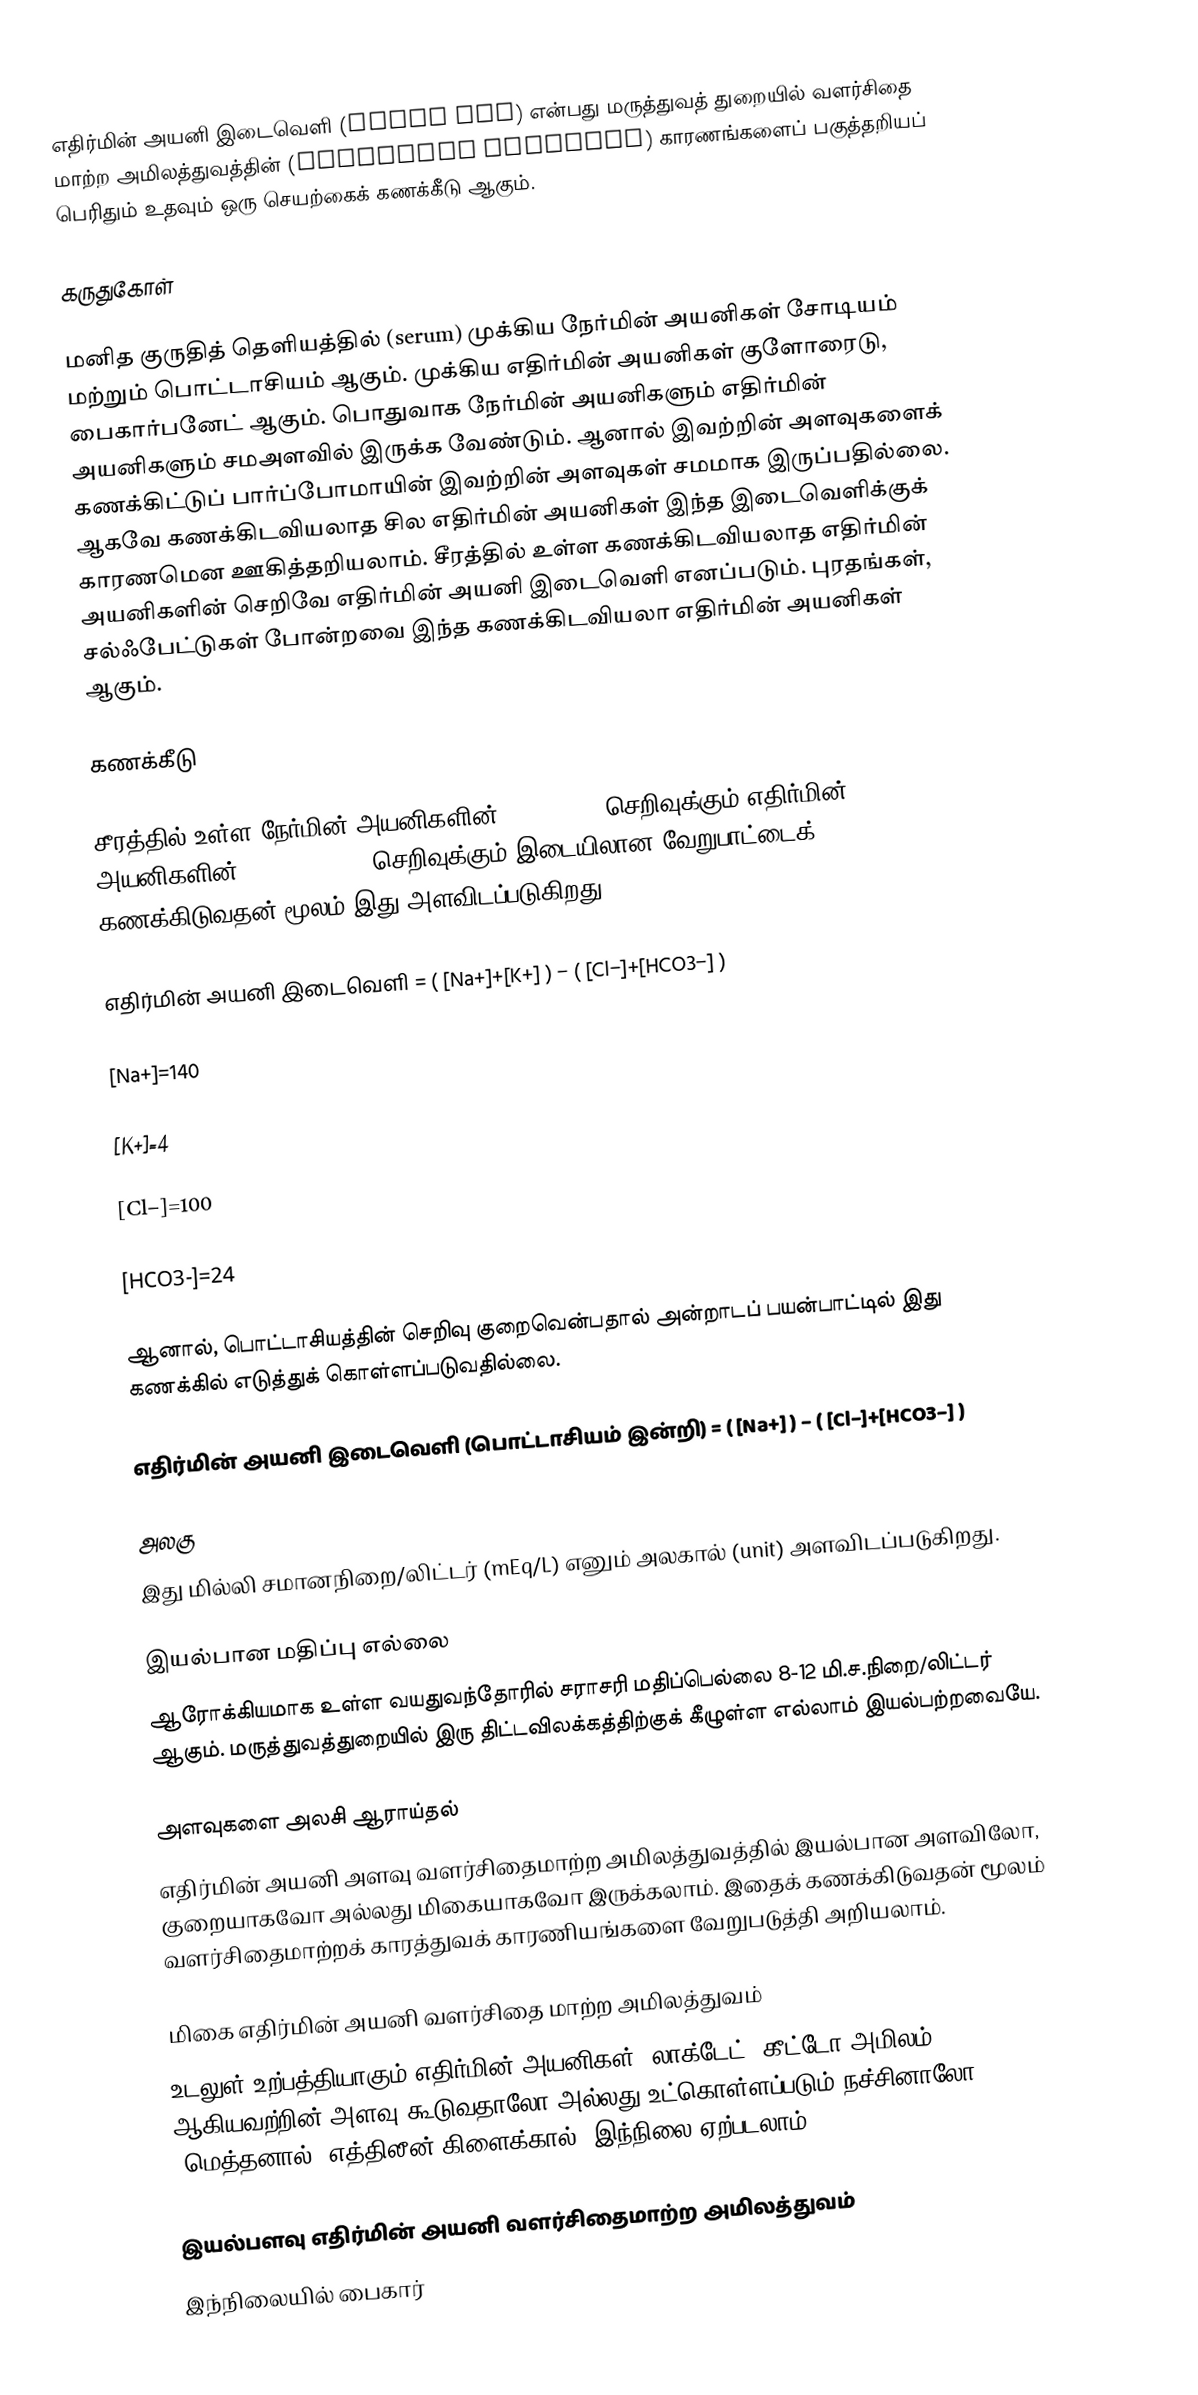
எதிர்மின் அயனி இடைவெளி (anion gap) என்பது மருத்துவத் துறையில் வளர்சிதை மாற்ற அமிலத்துவத்தின் (metabolic acidosis) காரணங்களைப் பகுத்தறியப் பெரிதும் உதவும் ஒரு செயற்கைக் கணக்கீடு ஆகும்.

கருதுகோள்

மனித குருதித் தெளியத்தில் (serum) முக்கிய நேர்மின் அயனிகள் சோடியம் மற்றும் பொட்டாசியம் ஆகும். முக்கிய எதிர்மின் அயனிகள் குளோரைடு, பைகார்பனேட் ஆகும். பொதுவாக நேர்மின் அயனிகளும் எதிர்மின் அயனிகளும் சமஅளவில் இருக்க வேண்டும். ஆனால் இவற்றின் அளவுகளைக் கணக்கிட்டுப் பார்ப்போமாயின் இவற்றின் அளவுகள் சமமாக இருப்பதில்லை. ஆகவே கணக்கிடவியலாத சில எதிர்மின் அயனிகள் இந்த இடைவெளிக்குக் காரணமென ஊகித்தறியலாம். சீரத்தில் உள்ள கணக்கிடவியலாத எதிர்மின் அயனிகளின் செறிவே எதிர்மின் அயனி இடைவெளி எனப்படும். புரதங்கள், சல்ஃபேட்டுகள் போன்றவை இந்த கணக்கிடவியலா எதிர்மின் அயனிகள் ஆகும்.

கணக்கீடு

சீரத்தில் உள்ள நேர்மின் அயனிகளின் (Na+& K+]) செறிவுக்கும் எதிர்மின் அயனிகளின் (Cl− & HCO3−) செறிவுக்கும் இடையிலான வேறுபாட்டைக் கணக்கிடுவதன் மூலம் இது அளவிடப்படுகிறது.

எதிர்மின் அயனி இடைவெளி = ( [Na+]+[K+] ) − ( [Cl−]+[HCO3−] )

[Na+]=140

[K+]=4

[Cl−]=100

[HCO3-]=24

ஆனால், பொட்டாசியத்தின் செறிவு குறைவென்பதால் அன்றாடப் பயன்பாட்டில் இது கணக்கில் எடுத்துக் கொள்ளப்படுவதில்லை.

எதிர்மின் அயனி இடைவெளி (பொட்டாசியம் இன்றி)  = ( [Na+] ) − ( [Cl−]+[HCO3−] )

அலகு
இது மில்லி சமானநிறை/லிட்டர் (mEq/L) எனும் அலகால் (unit) அளவிடப்படுகிறது.

இயல்பான மதிப்பு எல்லை
ஆரோக்கியமாக உள்ள வயதுவந்தோரில் சராசரி மதிப்பெல்லை 8-12 மி.ச.நிறை/லிட்டர் ஆகும். மருத்துவத்துறையில் இரு திட்டவிலக்கத்திற்குக் கீழுள்ள எல்லாம் இயல்பற்றவையே.

அளவுகளை அலசி ஆராய்தல்
எதிர்மின் அயனி அளவு வளர்சிதைமாற்ற அமிலத்துவத்தில் இயல்பான அளவிலோ, குறையாகவோ அல்லது மிகையாகவோ இருக்கலாம். இதைக் கணக்கிடுவதன் மூலம் வளர்சிதைமாற்றக் காரத்துவக் காரணியங்களை வேறுபடுத்தி அறியலாம்.

மிகை எதிர்மின் அயனி வளர்சிதை மாற்ற அமிலத்துவம்
உடலுள் உற்பத்தியாகும் எதிர்மின் அயனிகள் (லாக்டேட், கீட்டோ அமிலம்) ஆகியவற்றின் அளவு கூடுவதாலோ அல்லது உட்கொள்ளப்படும் நச்சினாலோ (மெத்தனால், எத்திலீன் கிளைக்கால்) இந்நிலை ஏற்படலாம்.

இயல்பளவு எதிர்மின் அயனி வளர்சிதைமாற்ற அமிலத்துவம்
இந்நிலையில் பைகார்